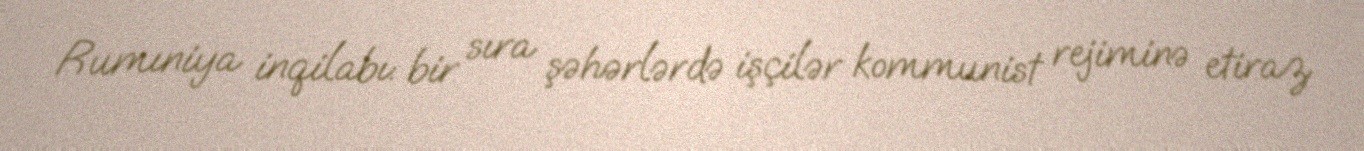
Rumıniya inqilabı: bir sıra şəhərlərdə işçilər kommunist rejiminə etiraz